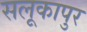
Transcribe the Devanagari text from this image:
सलूकापुर